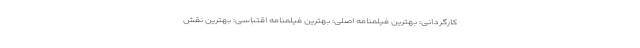
کارگردانی: بهترین فیلمنامه اصلی: بهترین فیلمنامه اقتباسی: بهترین نقش